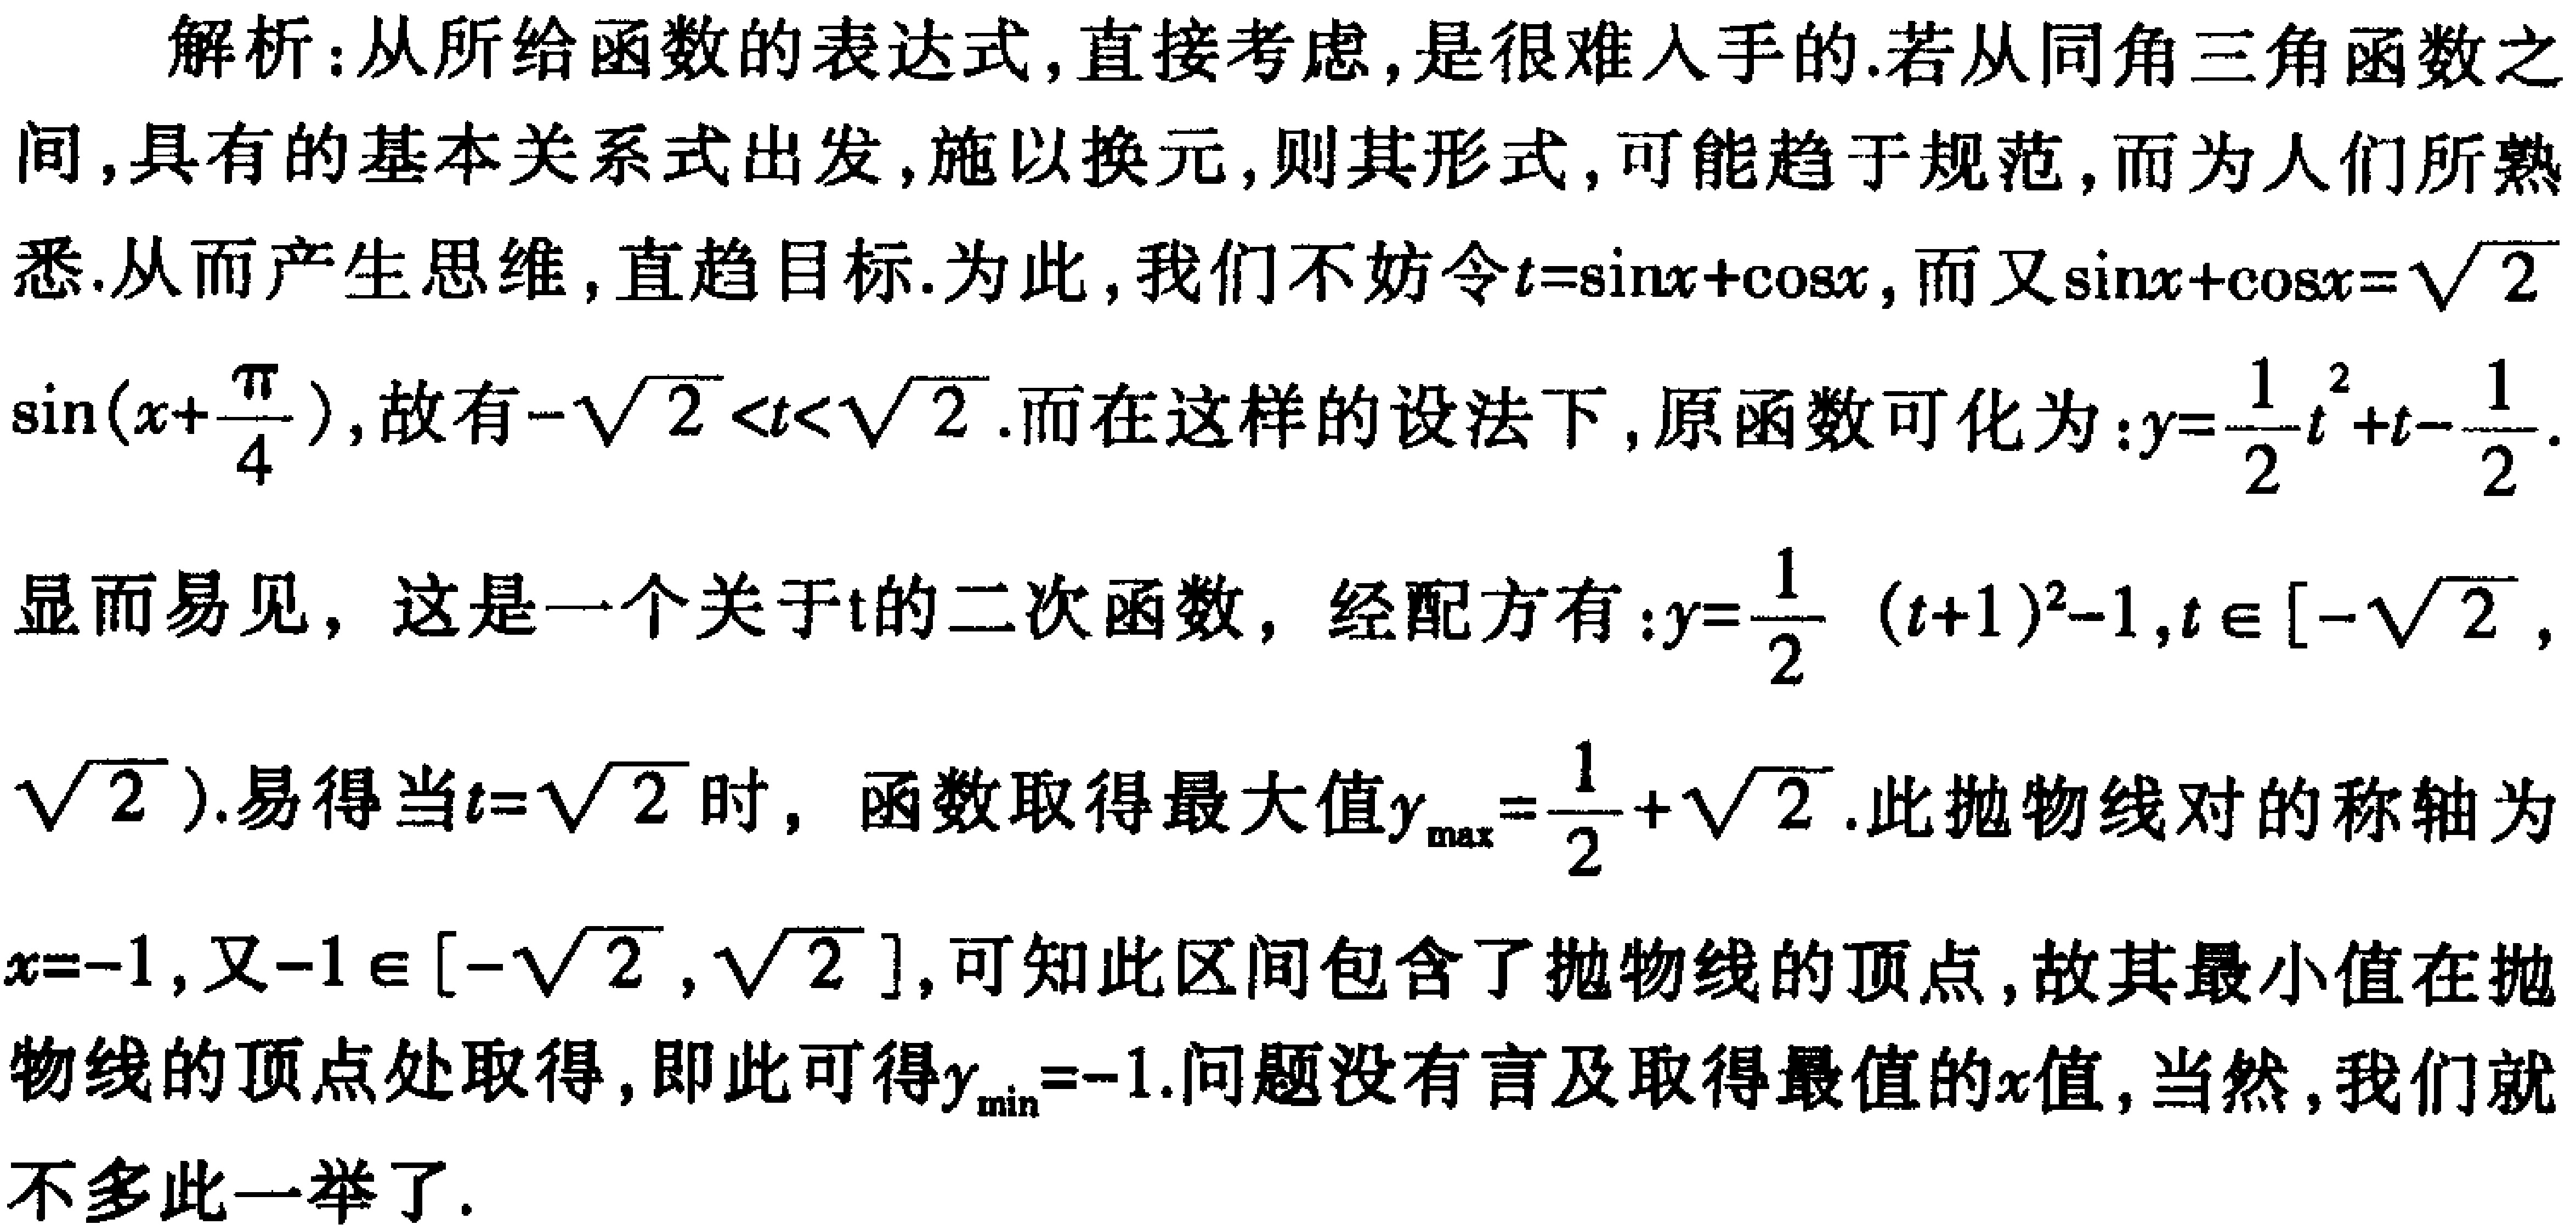
解析：从所给函数的表达式,直接考虑,是很难入手的.若从同角三角函数之间,具有的基本关系式出发,施以换元,则其形式,可能趋于规范,而为人们所熟悉.从而产生思维,直趋目标.为此,我们不妨令\(t = \sin x+\cos x\),而又\(\sin x+\cos x=\sqrt{2}\sin(x + \frac{\pi}{4})\),故有\(-\sqrt{2}<t<\sqrt{2}\).而在这样的设法下,原函数可化为：\(y = \frac{1}{2}t^{2}+t-\frac{1}{2}\).
显而易见，这是一个关于\(t\)的二次函数，经配方有：\(y=\frac{1}{2}(t + 1)^{2}-1,t\in[-\sqrt{2},\sqrt{2})\).易得当\(t=\sqrt{2}\)时，函数取得最大值\(y_{\max}=\frac{1}{2}+\sqrt{2}\).此抛物线对的称轴为\(x = - 1\),又\(-1\in[-\sqrt{2},\sqrt{2}]\),可知此区间包含了抛物线的顶点,故其最小值在抛物线的顶点处取得,即此可得\(y_{\min}=-1\).问题没有言及取得最值的\(x\)值,当然,我们就不多此一举了.